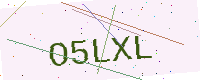
Text: O5LXL